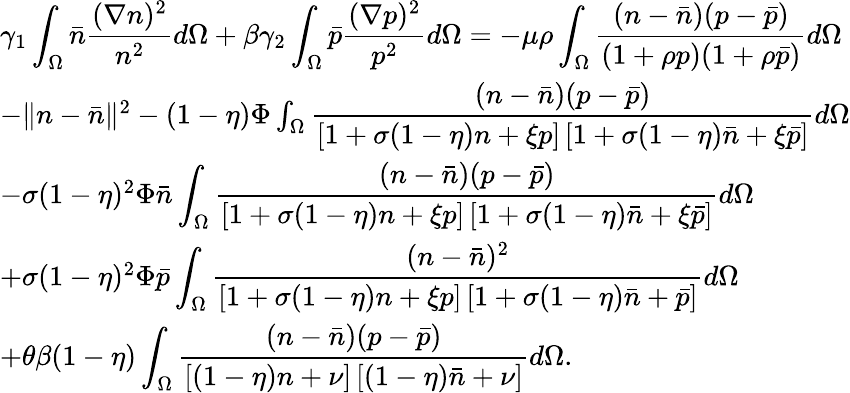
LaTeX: \begin{array}{l}{\gamma_{1}\displaystyle\int_{\Omega}\bar{n}\displaystyle\frac{(\nabla n)^{2}}{n^{2}}d\Omega+\beta\gamma_{2}\displaystyle\int_{\Omega}\bar{p}\displaystyle\frac{(\nabla p)^{2}}{p^{2}}d\Omega=-\mu\rho\displaystyle\int_{\Omega}\displaystyle\frac{(n-\bar{n})(p-\bar{p})}{(1+\rho p)(1+\rho\bar{p})}d\Omega}\\ {-\| n-\bar{n}\| ^{2}-(1-\eta)\Phi\int_{\Omega}\displaystyle\frac{(n-\bar{n})(p-\bar{p})}{\left[1+\sigma(1-\eta)n+\xi p\right]\left[1+\sigma(1-\eta)\bar{n}+\xi\bar{p}\right]}d\Omega}\\ {-\sigma(1-\eta)^{2}\Phi\bar{n}\displaystyle\int_{\Omega}\displaystyle\frac{(n-\bar{n})(p-\bar{p})}{\left[1+\sigma(1-\eta)n+\xi p\right]\left[1+\sigma(1-\eta)\bar{n}+\xi\bar{p}\right]}d\Omega}\\ {+\sigma(1-\eta)^{2}\Phi\bar{p}\displaystyle\int_{\Omega}\displaystyle\frac{(n-\bar{n})^{2}}{\left[1+\sigma(1-\eta)n+\xi p\right]\left[1+\sigma(1-\eta)\bar{n}+\bar{p}\right]}d\Omega}\\ {+\theta\beta(1-\eta)\displaystyle\int_{\Omega}\displaystyle\frac{(n-\bar{n})(p-\bar{p})}{\left[(1-\eta)n+\nu\right]\left[(1-\eta)\bar{n}+\nu\right]}d\Omega.}\end{array}